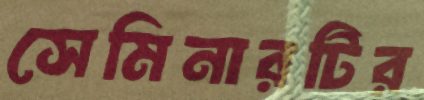
সেমিনারটির